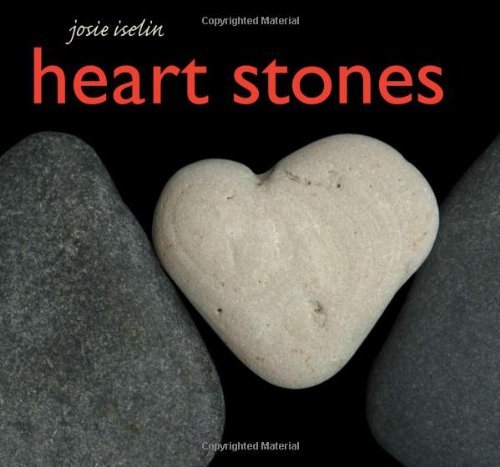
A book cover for Heart Stones; Sports & Outdoors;